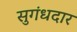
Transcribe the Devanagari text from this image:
सुगंधदार